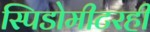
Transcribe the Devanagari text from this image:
स्पिडोमीटरही